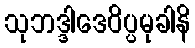
သုဘဒ္ဒါဒေဝိပ္ပမုခါနိ